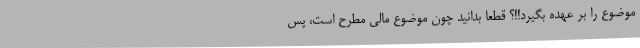
موضوع را بر عهده بگیرد!!؟ قطعاً بدانید چون موضوع مالی مطرح است، پس